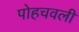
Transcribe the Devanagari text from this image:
पोहचवली